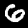
Digit: 6